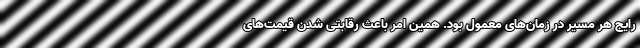
رایج هر مسیر در زمان‌های معمول بود. همین امر باعث رقابتی شدن قیمت‌های